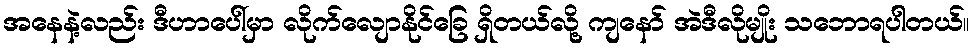
အနေနဲ့လည်း ဒီဟာပေါ်မှာ လိုက်လျောနိုင်ခြေ ရှိတယ်လို့ ကျနော် အဲဒီလိုမျိုး သဘောရပါတယ်။